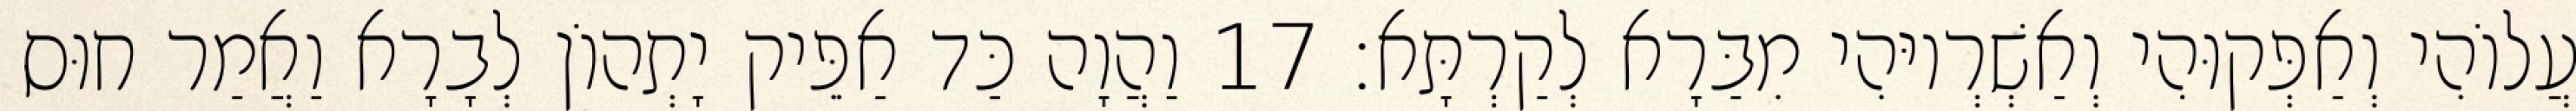
עֲלוֹהִי וְאַפְּקוּהִי וְאַשְׁרְיוּהִי מִבַּרָא לְקַרְתָּא׃ 17 וַהֲוָה כַּד אַפֵּיק יָתְהוֹן לְבָרָא וַאֲמַר חוּס